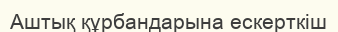
Аштық құрбандарына ескерткіш